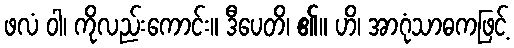
ဖလံ ဝါ၊ ကိုလည်းကောင်း။ ဒီပေတိ၊ ၏။ ဟိ၊ အာဂုံသာဓကဖြင့်